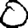
Digit: 0